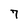
Character: 7